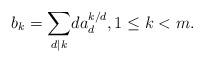
LaTeX: \begin{align*}b_k=\underset{d|k}\sum d a_d^{k/d},1\leq k<m.\end{align*}